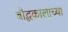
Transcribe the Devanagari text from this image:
बौद्धकालाच्या